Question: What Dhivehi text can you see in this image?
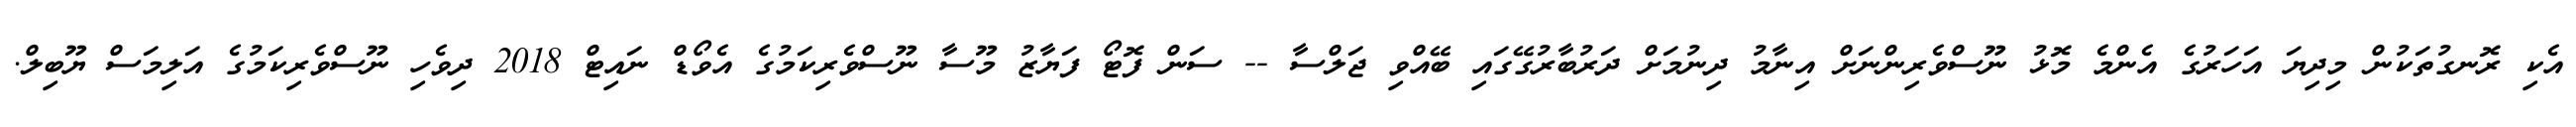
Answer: އެކި ރޮނގުތަކުން މިދިޔަ އަހަރުގެ އެންމެ މޮޅު ނޫސްވެރިންނަށް އިނާމު ދިނުމަށް ދަރުބާރުގޭގައި ބޭއްވި ޖަލްސާ -- ސަން ފޮޓޯ ފަޔާޒު މޫސާ ނޫސްވެރިކަމުގެ އެވޯޑް ނައިޓް 2018 ދިވެހި ނޫސްވެރިކަމުގެ އަލިމަސް ޔޫބިލް.